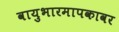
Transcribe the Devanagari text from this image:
वायुभारमापकावर